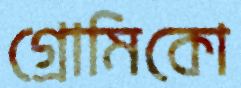
গ্রোমিকো